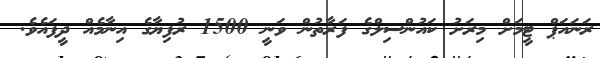
ރަނައަޕް ޓީމަށް މިރަށު ކައުންސިލްގެ ފަރާތުން ވަނީ 1500 ރުފިޔާގެ އިނާމެއް ދީފައެވެ.